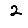
Digit: 2